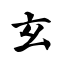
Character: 玄